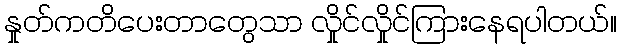
နှုတ်ကတိပေးတာတွေသာ လှိုင်လှိုင်ကြားနေရပါတယ်။